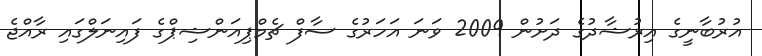
އުރުބާނީގެ އިރުޝާދުގެ ދަށުން 2009 ވަނަ އަހަރުގެ ސާފް ޗެމްޕިއަންޝިޕްގެ ފައިނަލްގައި ރާއްޖެ